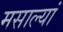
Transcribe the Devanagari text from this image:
मसाल्यां